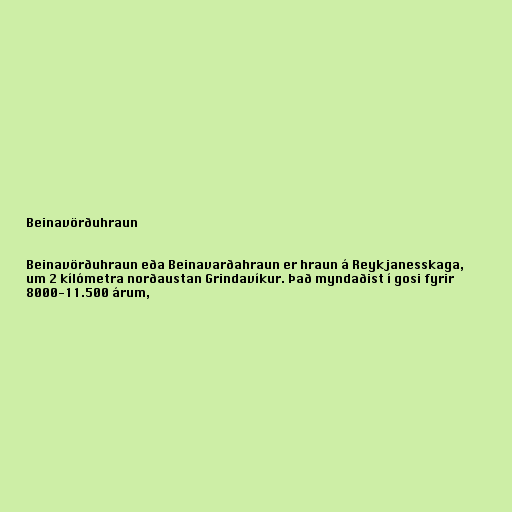
Beinavörðuhraun

Beinavörðuhraun eða Beinavarðahraun er hraun á Reykjanesskaga,
um 2 kílómetra norðaustan Grindavíkur. Það myndaðist í gosi fyrir
8000-11.500 árum,